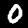
Label: 0